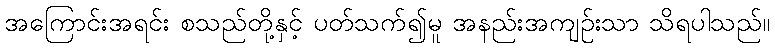
အကြောင်းအရင်း စသည်တို့နှင့် ပတ်သက်၍မူ အနည်းအကျဉ်းသာ သိရပါသည်။